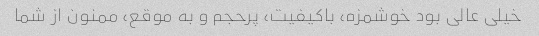
خیلی عالی بود خوشمزه، باکیفیت، پرحجم و به موقع، ممنون از شما